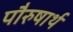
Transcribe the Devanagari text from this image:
पौरुषार्थ